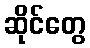
ဆိုင်တွေ